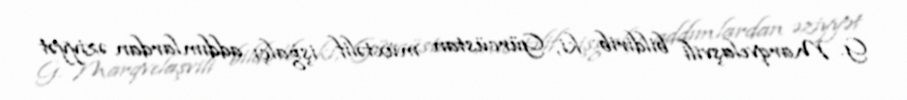
G. Marqvelaşvili bildirib ki, Gürcüstan müxtəlif işğalçı addımlardan əziyyət